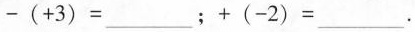
-(+3)=_____；+(-2)=____。